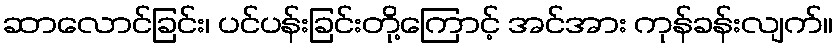
ဆာလောင်ခြင်း၊ ပင်ပန်းခြင်းတို့ကြောင့် အင်အား ကုန်ခန်းလျက်။